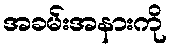
အခမ်းအနားကို